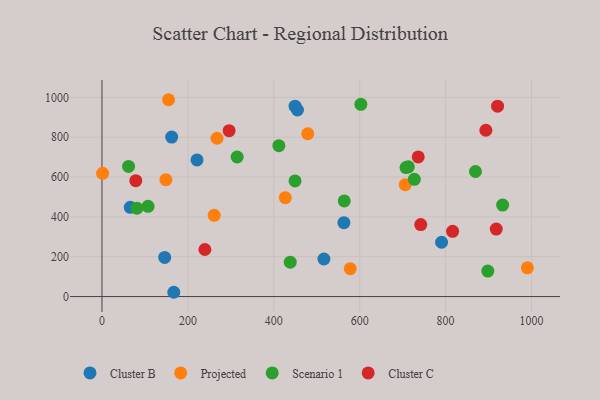
{"axis": {"x": "Ad Spend", "y": "Fuel Efficiency"}, "legend": ["Cluster B", "Cluster C", "Projected", "Scenario 1"], "data": [{"x": "167.2", "y": 21.5, "type": "Cluster B"}, {"x": "146.0", "y": 196.3, "type": "Cluster B"}, {"x": "221.3", "y": 685.7, "type": "Cluster B"}, {"x": "563.2", "y": 371.0, "type": "Cluster B"}, {"x": "65.8", "y": 448.1, "type": "Cluster B"}, {"x": "516.7", "y": 188.5, "type": "Cluster B"}, {"x": "162.3", "y": 800.5, "type": "Cluster B"}, {"x": "449.5", "y": 955.8, "type": "Cluster B"}, {"x": "455.1", "y": 936.5, "type": "Cluster B"}, {"x": "790.6", "y": 272.7, "type": "Cluster B"}, {"x": "1.5", "y": 618.7, "type": "Projected"}, {"x": "990.4", "y": 144.2, "type": "Projected"}, {"x": "479.1", "y": 817.1, "type": "Projected"}, {"x": "426.8", "y": 496.2, "type": "Projected"}, {"x": "578.0", "y": 139.9, "type": "Projected"}, {"x": "155.0", "y": 988.0, "type": "Projected"}, {"x": "706.0", "y": 561.8, "type": "Projected"}, {"x": "148.8", "y": 586.9, "type": "Projected"}, {"x": "267.8", "y": 794.7, "type": "Projected"}, {"x": "261.3", "y": 407.7, "type": "Projected"}, {"x": "602.7", "y": 965.1, "type": "Scenario 1"}, {"x": "727.2", "y": 588.2, "type": "Scenario 1"}, {"x": "564.0", "y": 480.2, "type": "Scenario 1"}, {"x": "869.5", "y": 627.8, "type": "Scenario 1"}, {"x": "61.9", "y": 653.4, "type": "Scenario 1"}, {"x": "932.8", "y": 459.4, "type": "Scenario 1"}, {"x": "713.2", "y": 651.2, "type": "Scenario 1"}, {"x": "707.9", "y": 647.5, "type": "Scenario 1"}, {"x": "438.3", "y": 172.8, "type": "Scenario 1"}, {"x": "314.7", "y": 700.4, "type": "Scenario 1"}, {"x": "898.3", "y": 127.8, "type": "Scenario 1"}, {"x": "107.3", "y": 453.1, "type": "Scenario 1"}, {"x": "81.4", "y": 443.5, "type": "Scenario 1"}, {"x": "449.4", "y": 580.2, "type": "Scenario 1"}, {"x": "411.8", "y": 757.3, "type": "Scenario 1"}, {"x": "78.7", "y": 581.6, "type": "Cluster C"}, {"x": "742.1", "y": 361.5, "type": "Cluster C"}, {"x": "296.0", "y": 832.7, "type": "Cluster C"}, {"x": "736.3", "y": 700.9, "type": "Cluster C"}, {"x": "921.0", "y": 955.4, "type": "Cluster C"}, {"x": "239.6", "y": 236.3, "type": "Cluster C"}, {"x": "893.8", "y": 834.7, "type": "Cluster C"}, {"x": "917.9", "y": 338.7, "type": "Cluster C"}, {"x": "816.3", "y": 327.3, "type": "Cluster C"}]}